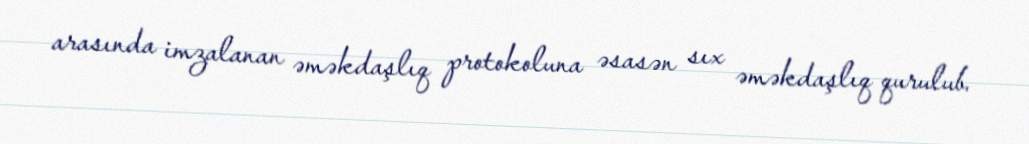
arasında imzalanan əməkdaşlıq protokoluna əsasən sıx əməkdaşlıq qurulub.